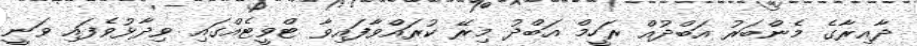
ދާއިރާގެ މެންބަރު އަބްދުއް ރަހީމް އަބްދު މިރޭ ކުރައްވާފައިވާ ޓްވީޓެއްގައި ވިދާޅުވެފައި ވަނީ